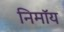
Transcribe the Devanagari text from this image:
निमाॅय